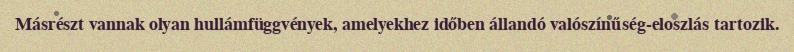
Másrészt vannak olyan hullámfüggvények, amelyekhez időben állandó valószínűség-eloszlás tartozik.